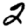
Digit: 2